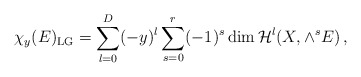
\begin{align*}\chi_y(E)_{\rm LG}=\sum_{l=0}^D(-y)^l\sum_{s=0}^r(-1)^s\dim{\cal H}^{l}(X,\wedge^{s}E)\,,\end{align*}